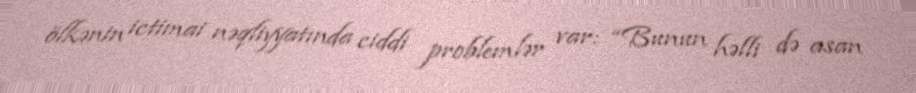
ölkənin ictimai nəqliyyatında ciddi problemlər var: “Bunun həlli də asan